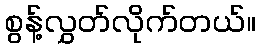
စွန့်လွှတ်လိုက်တယ်။